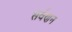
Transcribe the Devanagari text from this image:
सर्वणन